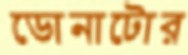
ডোনাটোর